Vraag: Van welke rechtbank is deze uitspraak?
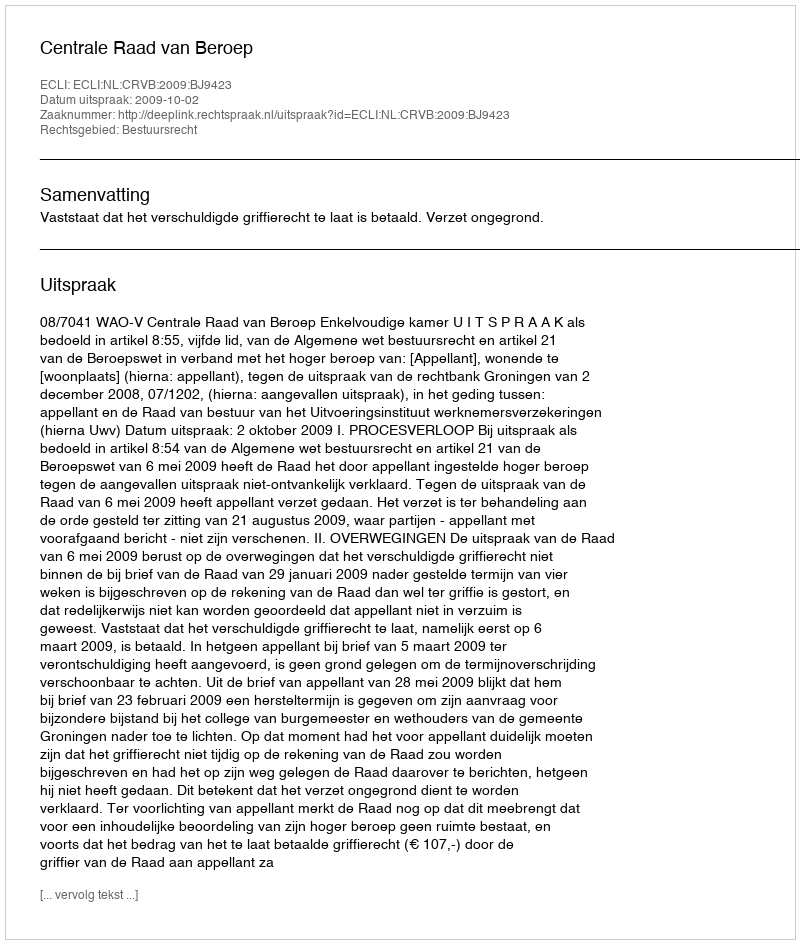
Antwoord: Centrale Raad van Beroep